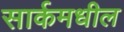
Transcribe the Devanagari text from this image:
सार्कमधील